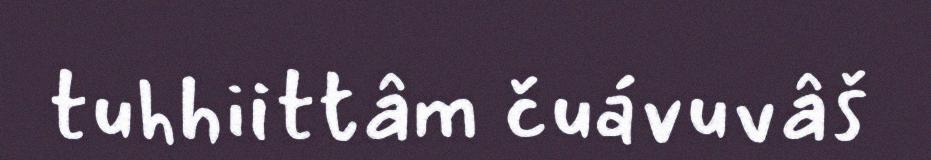
tuhhiittâm čuávuvâš